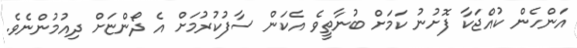
އަންހެން ކުއްޖަކާ ފޮށުނު ކަމަށް ބުނާތީވެ އެކަން ސާފުކުރުމަށް އެ ދޯންޏަށް ދިއުމުންނެވެ.